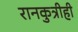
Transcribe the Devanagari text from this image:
रानकुत्रीही